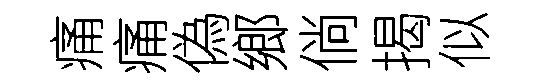
痛痛偽鄉倘揭似